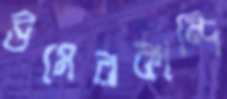
উমেরকান্দি